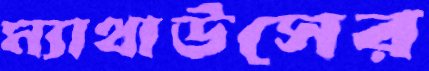
ম্যাথাউসের